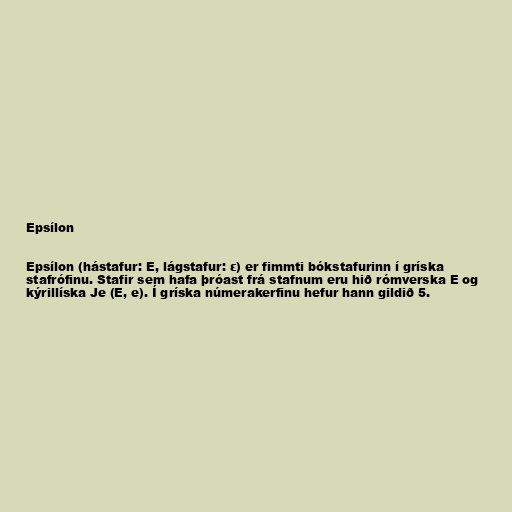
Epsílon

Epsílon (hástafur: Ε, lágstafur: ε) er fimmti bókstafurinn í gríska
stafrófinu. Stafir sem hafa þróast frá stafnum eru hið rómverska E og
kýrillíska Je (Е, е). Í gríska númerakerfinu hefur hann gildið 5.